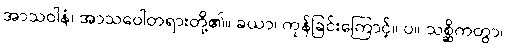
အာသဝါနံ၊ အာသဝေါတရားတို့၏။ ခယာ၊ ကုန်ခြင်းကြောင့်။ ပ။ သစ္ဆိကတွာ၊